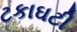
ટકાઘટી